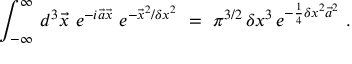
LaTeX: \int _ { - \infty } ^ { \infty } \, d ^ { 3 } \vec { x } \ e ^ { - i \vec { a } \vec { x } } \ e ^ { - \vec { x } ^ { 2 } / \delta x ^ { 2 } } \ = \ \pi ^ { 3 / 2 } \, \delta x ^ { 3 } \, e ^ { - \frac { 1 } { 4 } \delta x ^ { 2 } \vec { a } ^ { 2 } } \ .